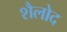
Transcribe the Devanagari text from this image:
शैलोद